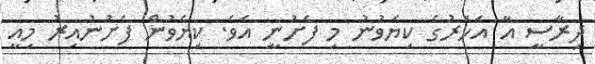
ދިރާސީ އާ އަހަރުގެ ކިޔެވުނު މި ފެށުނީ އެވެ. ކިޔެވުން ފެށުނުއިރު މިއީ